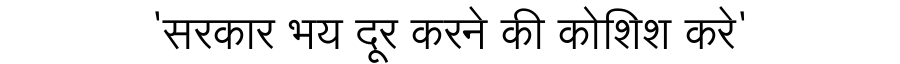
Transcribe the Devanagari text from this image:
'सरकार भय दूर करने की कोशिश करे'